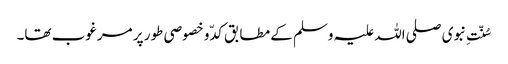
سُنّتِ نبوی صلی اللہ علیہ وسلم کے مطابق کدّ و خصوصی طور پر مرغوب تھا۔